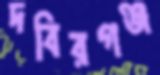
দবিরগঞ্জ